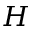
H